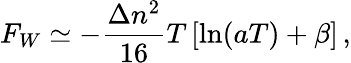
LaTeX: F_{W}\simeq-\frac{\Delta n^{2}}{16}T\left[\ln(aT)+\beta\right]\, {,}